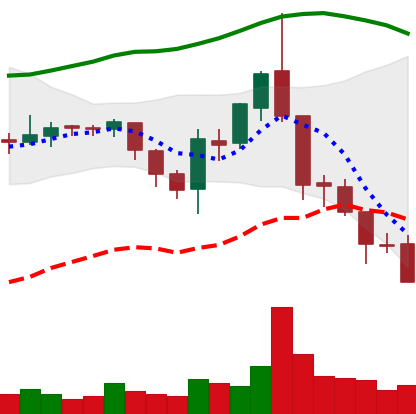
Ticker: ETC-USD
Chart end date: 2018-08-13
Forward return: 10.048%
Label: up_7plus